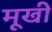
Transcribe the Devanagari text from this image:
मूखी